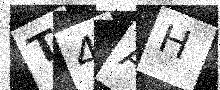
Text: T4AH